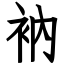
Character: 衲